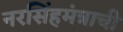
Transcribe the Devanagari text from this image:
नरसिंहमंत्राची